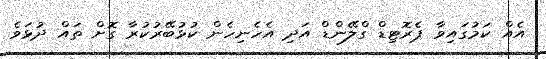
އެއް ކަމުގައިވާ ޕެރޮޓިޑް ގްލޭންޑް އަދި އެހެނިހެން ކުޅުބޭރުކުރާ ގޮށް ތައް ދުޅަވެ